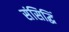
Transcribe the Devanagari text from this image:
संसिद्धिं